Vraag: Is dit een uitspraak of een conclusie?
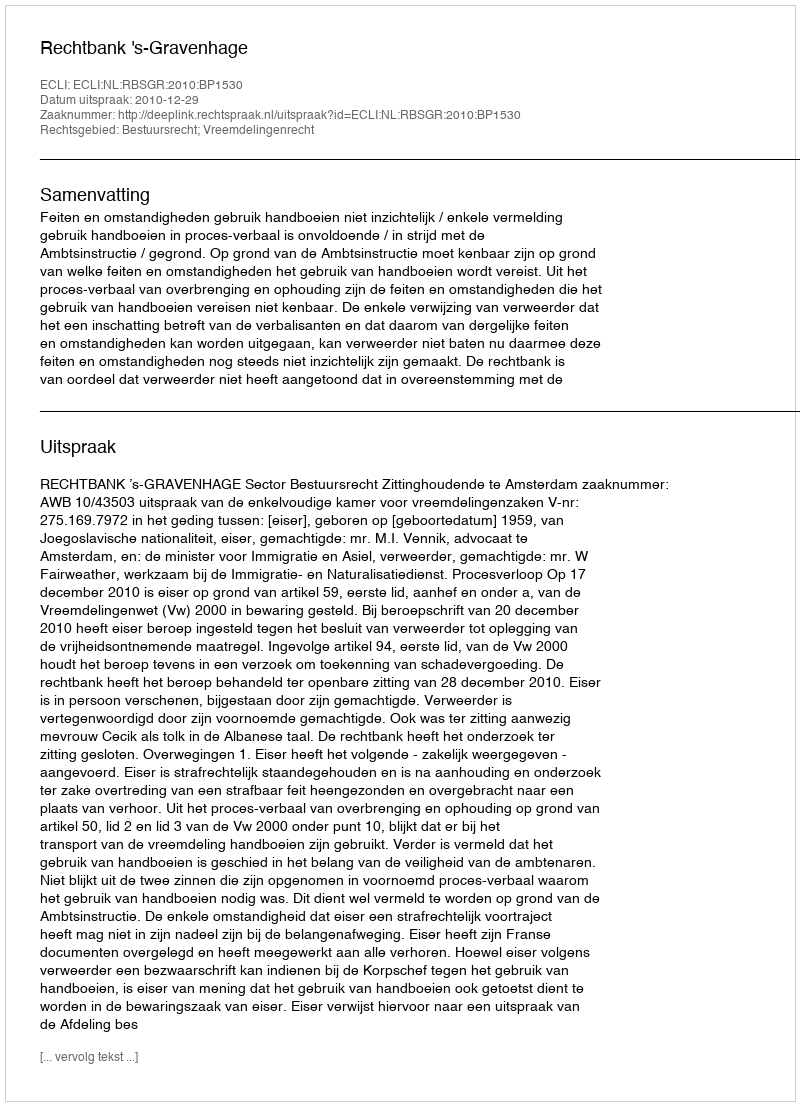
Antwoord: Uitspraak